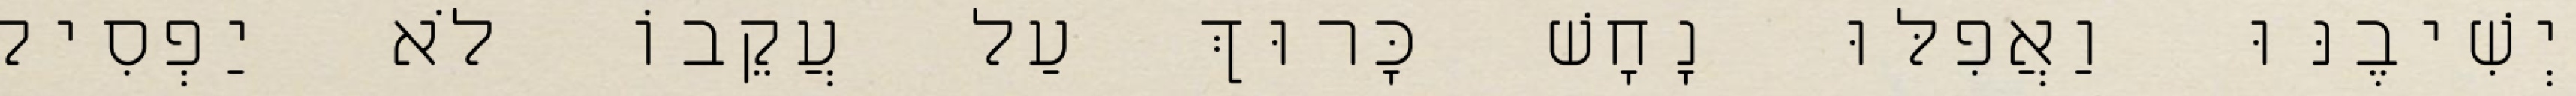
יְשִׁיבֶנּוּ וַאֲפִלּוּ נָחָשׁ כָּרוּךְ עַל עֲקֵבוֹ לֹא יַפְסִיק